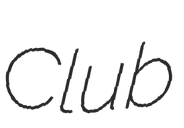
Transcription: Club